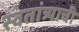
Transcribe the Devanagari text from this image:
स्वतांत्र्याची